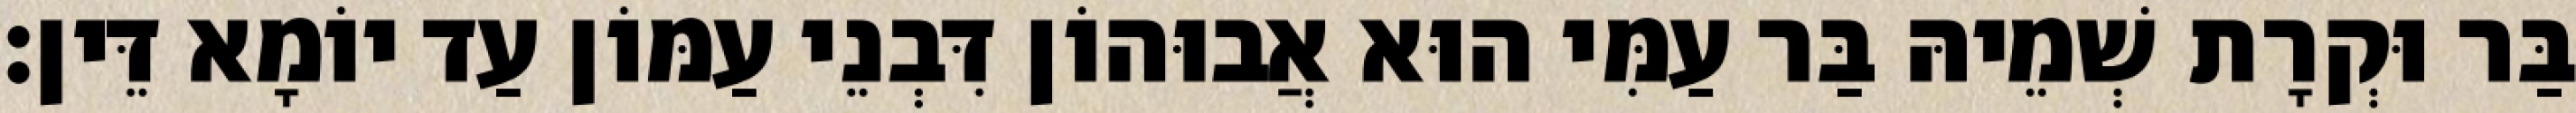
בַּר וּקְרָת שְׁמֵיהּ בַּר עַמִּי הוּא אֲבוּהוֹן דִּבְנֵי עַמּוֹן עַד יוֹמָא דֵּין׃